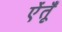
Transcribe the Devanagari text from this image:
ऐंतूँ